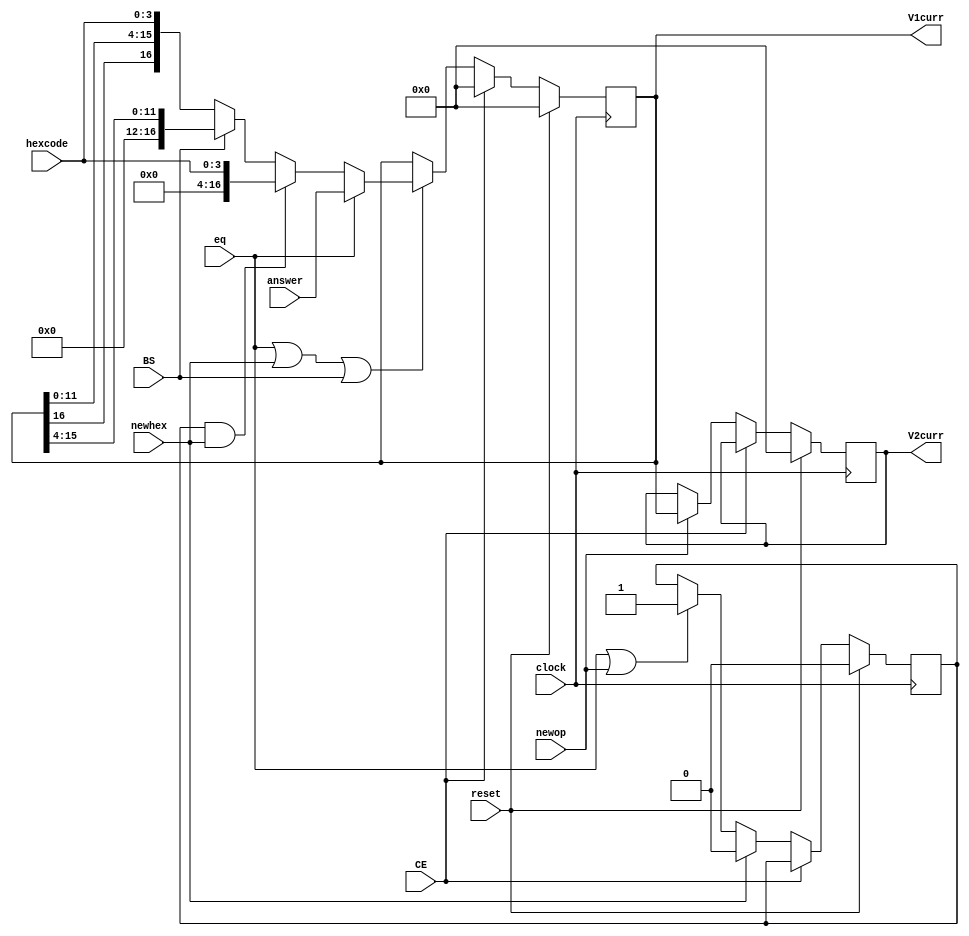
// Registers Module for storing Data
module Registers(
    input		     clock,
    input		     reset,
    input		     newhex,    // High when a hexidecimal number is pressed
    input [3:0]		     hexcode,   // The hexidecimal number currently pressed
    input		     newop,     // High when an operator is pressed
    input		     eq,        // Equals is currently being pressed
    input		     BS,        // Backspace key
    input		     CE,        // Clears V1 register
    input signed [16:0]	     answer,    // Sign and magnitude
    output reg signed [16:0] V1curr,    // Sign and magnitude
    output reg signed [16:0] V2curr     // Sign and magnitude
		 );              

   reg signed [16:0]	     V1next;    // Sign and magnitude
   reg			     FLOWMODEcurr, FLOWMODEnext;      
   // [ FLOWMODE Register for choosing whether 
   //   V1 will be shifted or overwritten  ] 

   wire [16:0]		     overwrite; // [ Overwrite wire concatenates input
   assign overwrite = {13'd0, hexcode}; //   hexcode with zeroes ]
    
   // Main register Control
   // Assigns the next vaule to all registers
   always @ (posedge clock) begin
	
	if (reset) begin        // Condition if Reset is pressed  
           V1curr <= 17'd0;     // All registers set to 0
           V2curr <= 17'd0;
           FLOWMODEcurr <=1'b0;
	   
        end else
	  
          if (CE) begin         // Condition if CE pressed
             V1curr <= 17'd0;   // Only V1 set to zero
             
	  end else begin        // Condition if neither CE or Reset
             
	     V1curr <= V1next;// [ V1 and Flowmode set to next value
             FLOWMODEcurr <= FLOWMODEnext;  // (Assigned elsewhere) ]
	     
	     if (newop)       // [ In the case of a new operator
               V2curr <= V1curr;// V2 copies V1 value ] 
             else
               V2curr <= V2curr;// if no "newop", V2 is unchanged
             
	  end // else: !if(CE)
      
   end // end of main register control

   
   // Flow Mode Control Module
   // Assigns the next vaule of Flowmode
   
   // [ A flowmode of 0 means the next hexcode will
   //   appear at the rightmost side of the current 
   //   contents of V1, while 1 means that the contents
   //   will be overwritten ]
   always @ ( * ) begin
      
      if (newhex)             FLOWMODEnext = 1'b0; // A New character resets Flowmode 
      
      else if (eq | newop)    FLOWMODEnext = 1'b1; // [ An "=" or newop means that the
                                                   //   next hexcode will overwrite V1 ]
      else                    FLOWMODEnext = FLOWMODEcurr; // [ otherwise, flowmode will stay
                                                           //   for as many cycles as needed ]
   end // end of Flow Mode Control Module
   
   // V1 Control Module
   // Assigns the next value of V1 register
   always @ ( * ) begin
        
      if ( eq | newhex | BS ) begin // V1 only changes when one of these 3 pressed
   
	 if (eq)                             V1next = answer;    // Equals stores the result in V1
	 
         else if (FLOWMODEcurr && newhex)    V1next = overwrite; // [ Overwrite if a new charachter is
	                                                         //   entered and flowmode is 1 ]   
	 else if (BS)                        V1next = {4'b0, V1curr[15:4]}; // shifting right is backspace
         
	 else                                V1next = {V1curr[16],V1curr[11:0], hexcode}; 
	                                              // Shift left and add new digit by default
      end else
      
	V1next = V1curr;  // otherwise, V1 will remain unchanged
   
   end // end of V1 control module
   
endmodule